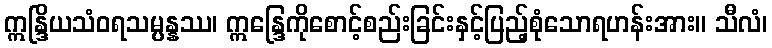
ဣန္ဒြိယသံဝရသမ္ပန္နဿ၊ ဣန္ဒြေကိုစောင့်စည်းခြင်းနှင့်ပြည့်စုံသောရဟန်းအား။ သီလံ၊